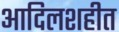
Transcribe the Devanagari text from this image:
आदिलशहीत